Indian journal of veterinary science and animal husbandry - Volumes 28-29, 1958-1959
Year: 1958
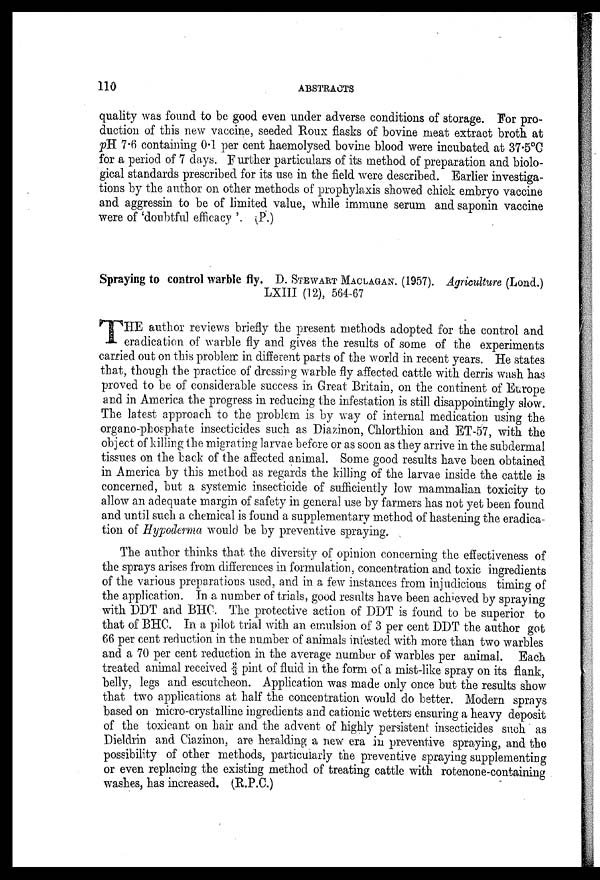
110
ABSTRACTS
quality was found to be good even under adverse conditions of storage. For pro
duction of this new vaccine, seeded Roux flasks of bovine meat extract broth at
pH 7.6 containing 0.1 per cent haemolysed bovine blood were incubated at 37.5°C
for a period of 7 days. Further particulars of its method of preparation and biolo
gical standards prescribed for its use in the field were described. Earlier investiga
tions by the author on other methods of prophylaxis showed chick embryo vaccine
and aggressin to be of limited value, while immune serum and saponin vaccine
were of 'doubtful efficacy '. (P.)
Spraying to control warble fly. D. STEWART MACLAGAN. (1957). Agriculture (Lond.)
LXIII (12), 564-67
T HE author reviews briefly the present methods adopted for the control and
eradication of warble fly and gives the results of some of the experiments
carried out on this problem in different parts of the world in recent years. He states
that, though the practice of dressing warble fly affected cattle with derris wash has
proved to be of considerable success in Great Britain, on the continent of Europe
and in America the progress in reducing the infestation is still disappointingly slow.
The latest approach to the problem is by way of internal medication using the
organo-phosphate insecticides such as Diazinon, Chlorthion and ET-57, with the
object of killing the migrating larvae before or as soon as they arrive in the subdermal
tissues on the back of the affected animal. Some good results have been obtained
in America by this method as regards the killing of the larvae inside the cattle is
concerned, but a systemic insecticide of sufficiently low mammalian toxicity to
allow an adequate margin of safety in general use by farmers has not yet been found
and until such a chemical is found a supplementary method of hastening the eradica
tion of Hypoderma would be by preventive spraying.
The author thinks that the diversity of opinion concerning the effectiveness of
the sprays arises from differences in formulation, concentration and toxic ingredients
of the various preparations used, and in a few instances from injudicious timing of
the application. In a number of trials, good results have been achieved by spraying
with DDT and BHC. The protective action of DDT is found to be superior to
that of BHC. In a pilot trial with an emulsion of 3 per cent DDT the author got
66 per cent reduction in the number of animals infested with more than two warbles
and a 70 per cent reduction in the average number of warbles per animal. Each
treated animal received ⅔ pint of fluid in the form of a mist-like spray on its flank,
belly, legs and escutcheon. Application was made only once but the results show
that two applications at half the concentration would do better. Modern sprays
based on micro-crystalline ingredients and cationic wetters ensuring a heavy deposit
of the toxicant on hair and the advent of highly persistent insecticides such as
Dieldrin and Ciazinon, are heralding a new era in preventive spraying, and the
possibility of other methods, particularly the preventive spraying supplementing
or even replacing the existing method of treating cattle with rotenone-containing
washes, has increased. (R.P.C.)